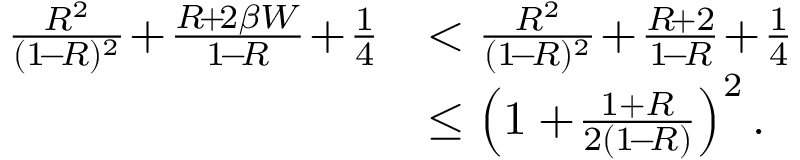
\begin{array} { r l } { \frac { R ^ { 2 } } { ( 1 \! - \! R ) ^ { 2 } } \! + \! \frac { R \! + \! 2 \beta W } { 1 \! - \! R } \! + \! \frac { 1 } { 4 } } & { < \frac { R ^ { 2 } } { ( 1 \! - \! R ) ^ { 2 } } \! + \! \frac { R \! + 2 } { 1 \! - \! R } \! + \! \frac { 1 } { 4 } } \\ & { \leq \left( 1 + \! \frac { 1 + R } { 2 ( 1 \! - \! R ) } \right) ^ { 2 } . } \end{array}